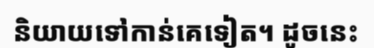
និយាយទៅកាន់គេទៀត។ ដូចនេះ